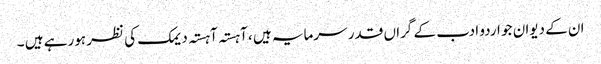
ان کے دیوان جو اردو ادب کے گراں قدر سرمایہ ہیں ، آہستہ آہستہ دیمک کی نظر ہورہے ہیں ۔